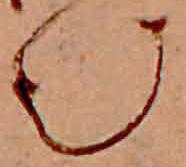
む